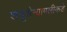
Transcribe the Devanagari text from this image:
शत्रूसैन्यापलीकडे